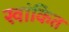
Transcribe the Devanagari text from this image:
खांकित